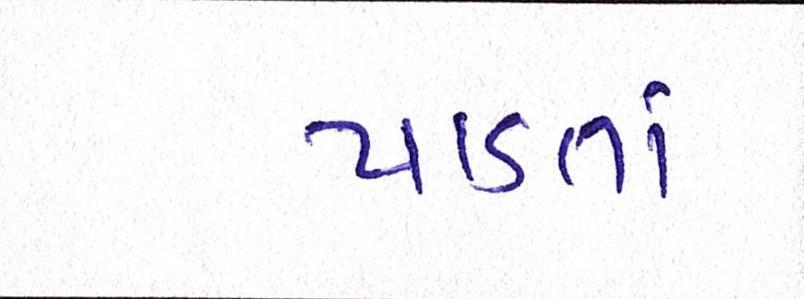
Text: પાડતાં